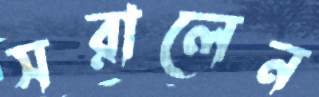
সরালেন